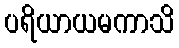
ပရိယာယမကာသိ